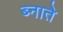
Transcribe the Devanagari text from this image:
ब्नाते